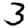
Digit: 3